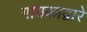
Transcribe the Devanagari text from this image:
गायकाद्वारे